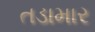
તડામાર